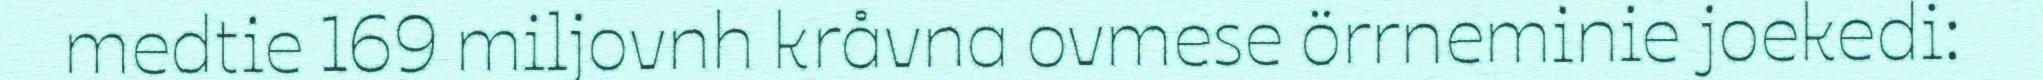
medtie 169 miljovnh kråvna ovmese örrneminie joekedi: